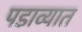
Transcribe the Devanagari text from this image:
पडाव्यात